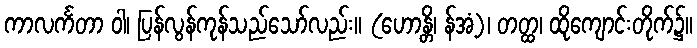
ကာလင်္ကတာ ဝါ၊ ပြန်လွန်ကုန်သည်သော်လည်း။ (ဟောန္တိ၊ န်အံ့)၊ တတ္ထ၊ ထိုကျောင်းတိုက်၌။